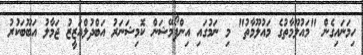
ހިމަނައިގެން "މައުލޫމާތުގެ މައުލޫމާތު" މި ނަމުގައި އިންފޯމޭޝަން ކޮމިޝަނަރު އަބްދުލްއަޒީޒު ޖަމާލު އަބޫބަކުރު